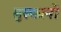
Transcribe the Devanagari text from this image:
मुस्कानों